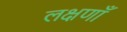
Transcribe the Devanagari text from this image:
लक्षणाँ